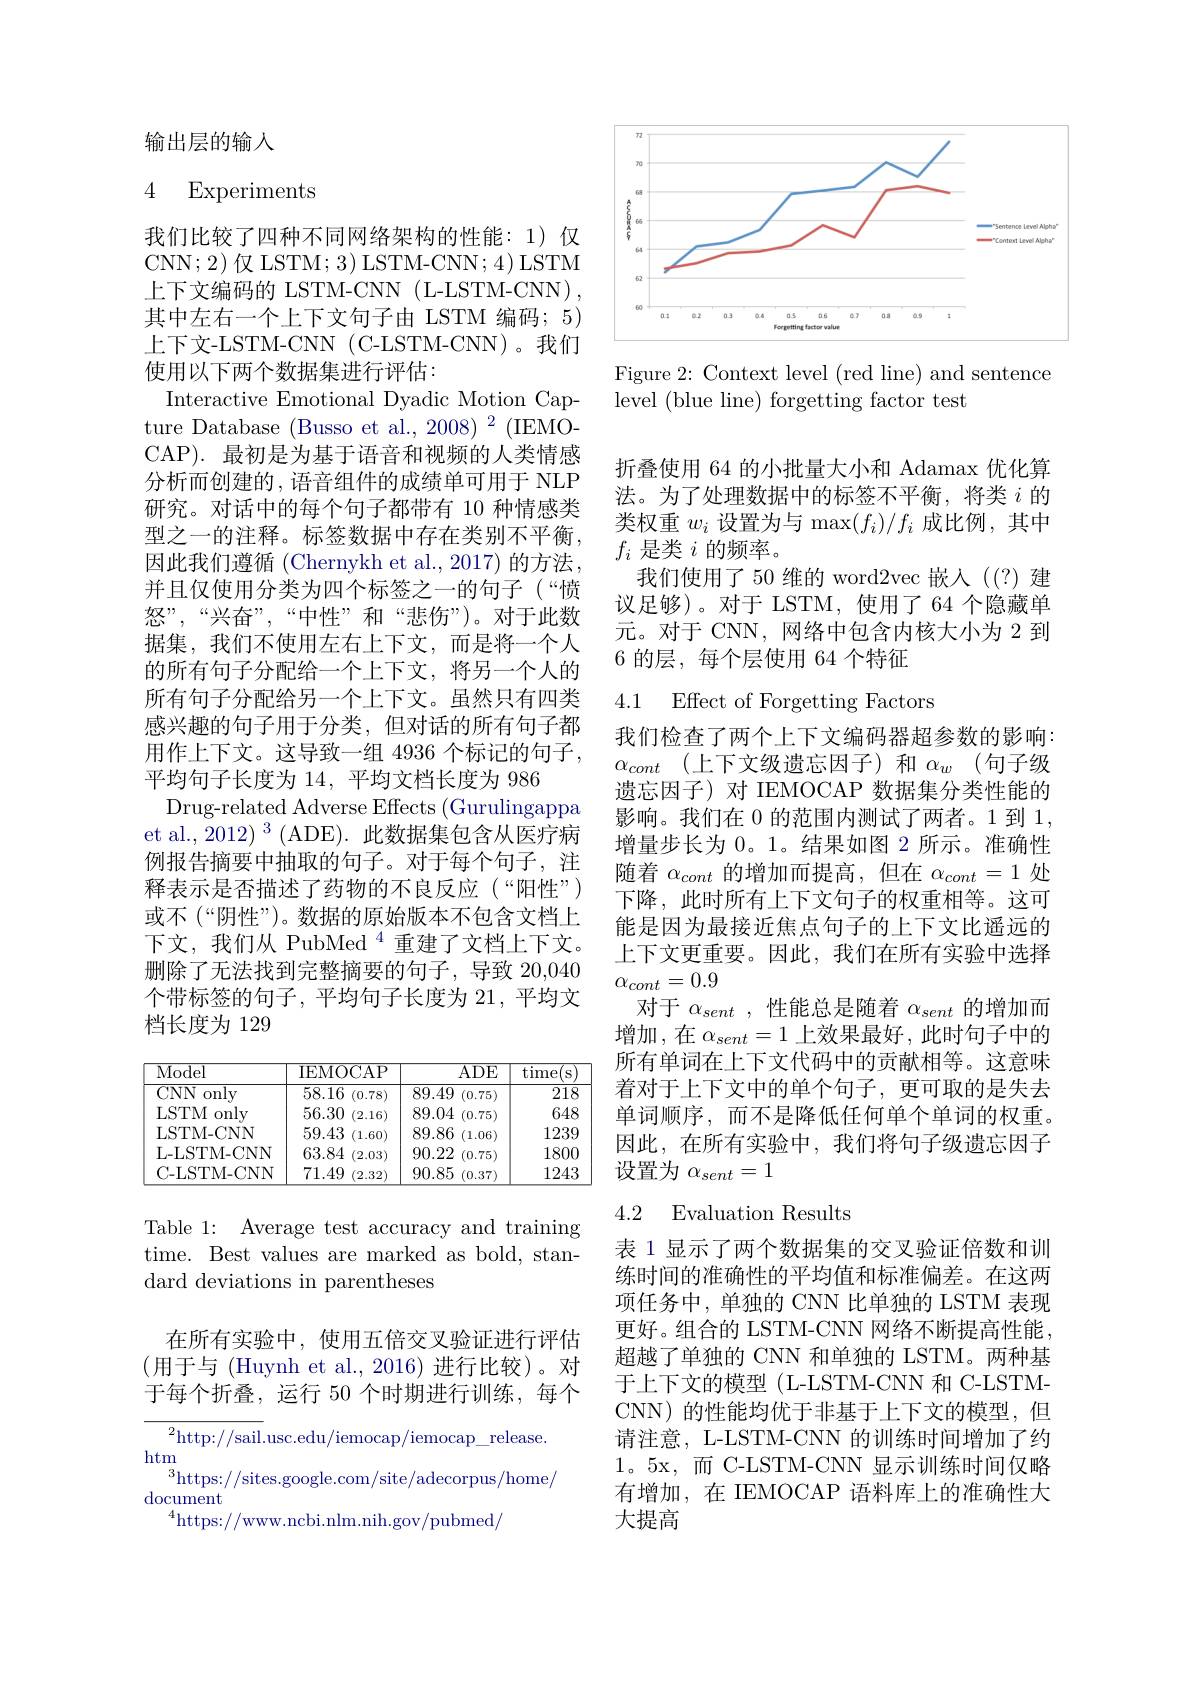
输出层的输入

4 Experiments

我们比较了四种不同网络架构的性能：1)仅CNN;2)仅 LSTM; 3) LSTM-CNN; 4) LSTM 上下文编码的 LSTM-CNN (L-LSTM-CNN), 其中左右一个上下文句子由 LSTM 编码；5) 上下文-LSTM-CNN (C-LSTM-CNN)。我们使用以下两个数据集进行评估：
Interactive Emotional Dyadic Motion Capture Database (Busso et al., 2008) 2 (IEMOCAP). 最初是为基于语音和视频的人类情感分析而创建的，语音组件的成绩单可用于 NLP 研究。对话中的每个句子都带有 10 种情感类型之一的注释。标签数据中存在类别不平衡， 因此我们遵循 (Chernykh et al.,2017) 的方法， 并且仅使用分类为四个标签之一的句子(“愤怒”,“兴奋”,“中性”和“悲伤”)。对于此数据集，我们不使用左右上下文，而是将一个人的所有句子分配给一个上下文，将另一个人的所有句子分配给另一个上下文。虽然只有四类感兴趣的句子用于分类，但对话的所有句子都用作上下文。这导致一组 4936 个标记的句子， 平均句子长度为 14, 平均文档长度为 986
Drug-related Adverse Effects (Gurulingappa et al., 2012) $^3$(ADE). 此数据集包含从医疗病例报告摘要中抽取的句子。对于每个句子，注释表示是否描述了药物的不良反应(“阳性”) 或不(“阴性”)。数据的原始版本不包含文档上下文，我们从 PubMed $^{4}$重建了文档上下文。删除了无法找到完整摘要的句子，导致 20,040个带标签的句子，平均句子长度为 21, 平均文档长度为 129

<table>
	<tbody>
		<tr>
			<th>Model</th>
			<th>IEMOCAP</th>
			<th>$ADE$</th>
			<th>time S</th>
		</tr>
		<tr>
			<td>CNN only</td>
			<td>58.16 (0.78)</td>
			<td>89.49 (0.75)</td>
			<td>218</td>
		</tr>
		<tr>
			<td>LSTM only</td>
			<td>56.30 (2.16)</td>
			<td>89.04 (0.75)</td>
			<td>648</td>
		</tr>
		<tr>
			<td>LSTM- CNN</td>
			<td>59.43 (1.60)</td>
			<td>89.86 (1.06)</td>
			<td>1239</td>
		</tr>
		<tr>
			<td>L- LSTM- CNN</td>
			<td>63.84 (2.03)</td>
			<td>90.22 (0.75)</td>
			<td>1800</td>
		</tr>
		<tr>
			<td>C-LSTM-CNN</td>
			<td>71.49 (2.32)</td>
			<td>90.85 (0.37)</td>
			<td>1243</td>
		</tr>
	</tbody>
</table>

Table 1: Average test accuracy and training time. Best values are marked as bold, standard deviations in parentheses

在所有实验中，使用五倍交叉验证进行评估(用于与 (Huynh et al., 2016)进行比较)。对于每个折叠，运行 50 个时期进行训练，每个

$^2$http://sail.usc.edu/iemocap/iemocap\_release
htm
$^3$https://sites.google.com/site/adecorpus/home/
document
$^{4}$https://www.ncbi.nlm.nih.gov/pubmed/

<FigureHere>

Figure 2: Context level (red line) and sentence
level (blue line) forgetting factor test

折叠使用 64 的小批量大小和 Adamax 优化算法。为了处理数据中的标签不平衡，将类$i$的类权重$w_i$设置为与$\max(f_i)/f_i$成比例，其中$f_i$是类$i$的频率。
我们使用了50 维的 word2vec 嵌入((?)建议足够)。对于 LSTM,使用了64 个隐藏单元。对于 CNN, 网络中包含内核大小为 2 到6 的层，每个层使用 64 个特征

4.1 Effect of Forgetting Factors

我们检查了两个上下文编码器超参数的影响： $\alpha _{cont}$ (上下文级遗忘因子)和 $\alpha _w$ (句子级遗忘因子)对 IEMOCAP 数据集分类性能的影响。我们在 0 的范围内测试了两者。1 到1， 增量步长为 0。1。结果如图 2 所示。准确性随着$\alpha_{cont}$的增加而提高，但在$\alpha_cont=1$处下降，此时所有上下文句子的权重相等。这可能是因为最接近焦点句子的上下文比遥远的上下文更重要。因此，我们在所有实验中选择$\alpha_{cont}=0.9$
对于$\alpha_{sent}$ ,性能总是随着$\alpha_sent$的增加而增加 ,在$\alpha_{sent}=1$上效果最好 ,此时句子中的所有单词在上下文代码中的贡献相等。这意味着对于上下文中的单个句子，更可取的是失去单词顺序，而不是降低任何单个单词的权重。因此，在所有实验中，我们将句子级遗忘因子设置为$\alpha_{sent}=1$

## 4.2 Evaluation Results

表 1 显示了两个数据集的交叉验证倍数和训练时间的准确性的平均值和标准偏差。在这两项任务中，单独的 CNN 比单独的 LSTM 表现更好。组合的 LSTM-CNN 网络不断提高性能， 超越了单独的 CNN 和单独的 LSTM。两种基于上下文的模型(L-LSTM-CNN 和 C-LSTMCNN) 的性能均优于非基于上下文的模型，但请注意，L-LSTM-CNN 的训练时间增加了约1。5x,而 C-LSTM-CNN 显示训练时间仅略有增加，在 IEMOCAP 语料库上的准确性大大提高